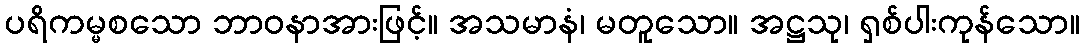
ပရိကမ္မစသော ဘာဝနာအားဖြင့်။ အသမာနံ၊ မတူသော။ အဋ္ဌသု၊ ရှစ်ပါးကုန်သော။